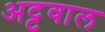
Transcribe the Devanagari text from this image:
अट्टवाल